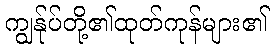
ကျွန်ုပ်တို့၏ထုတ်ကုန်များ၏